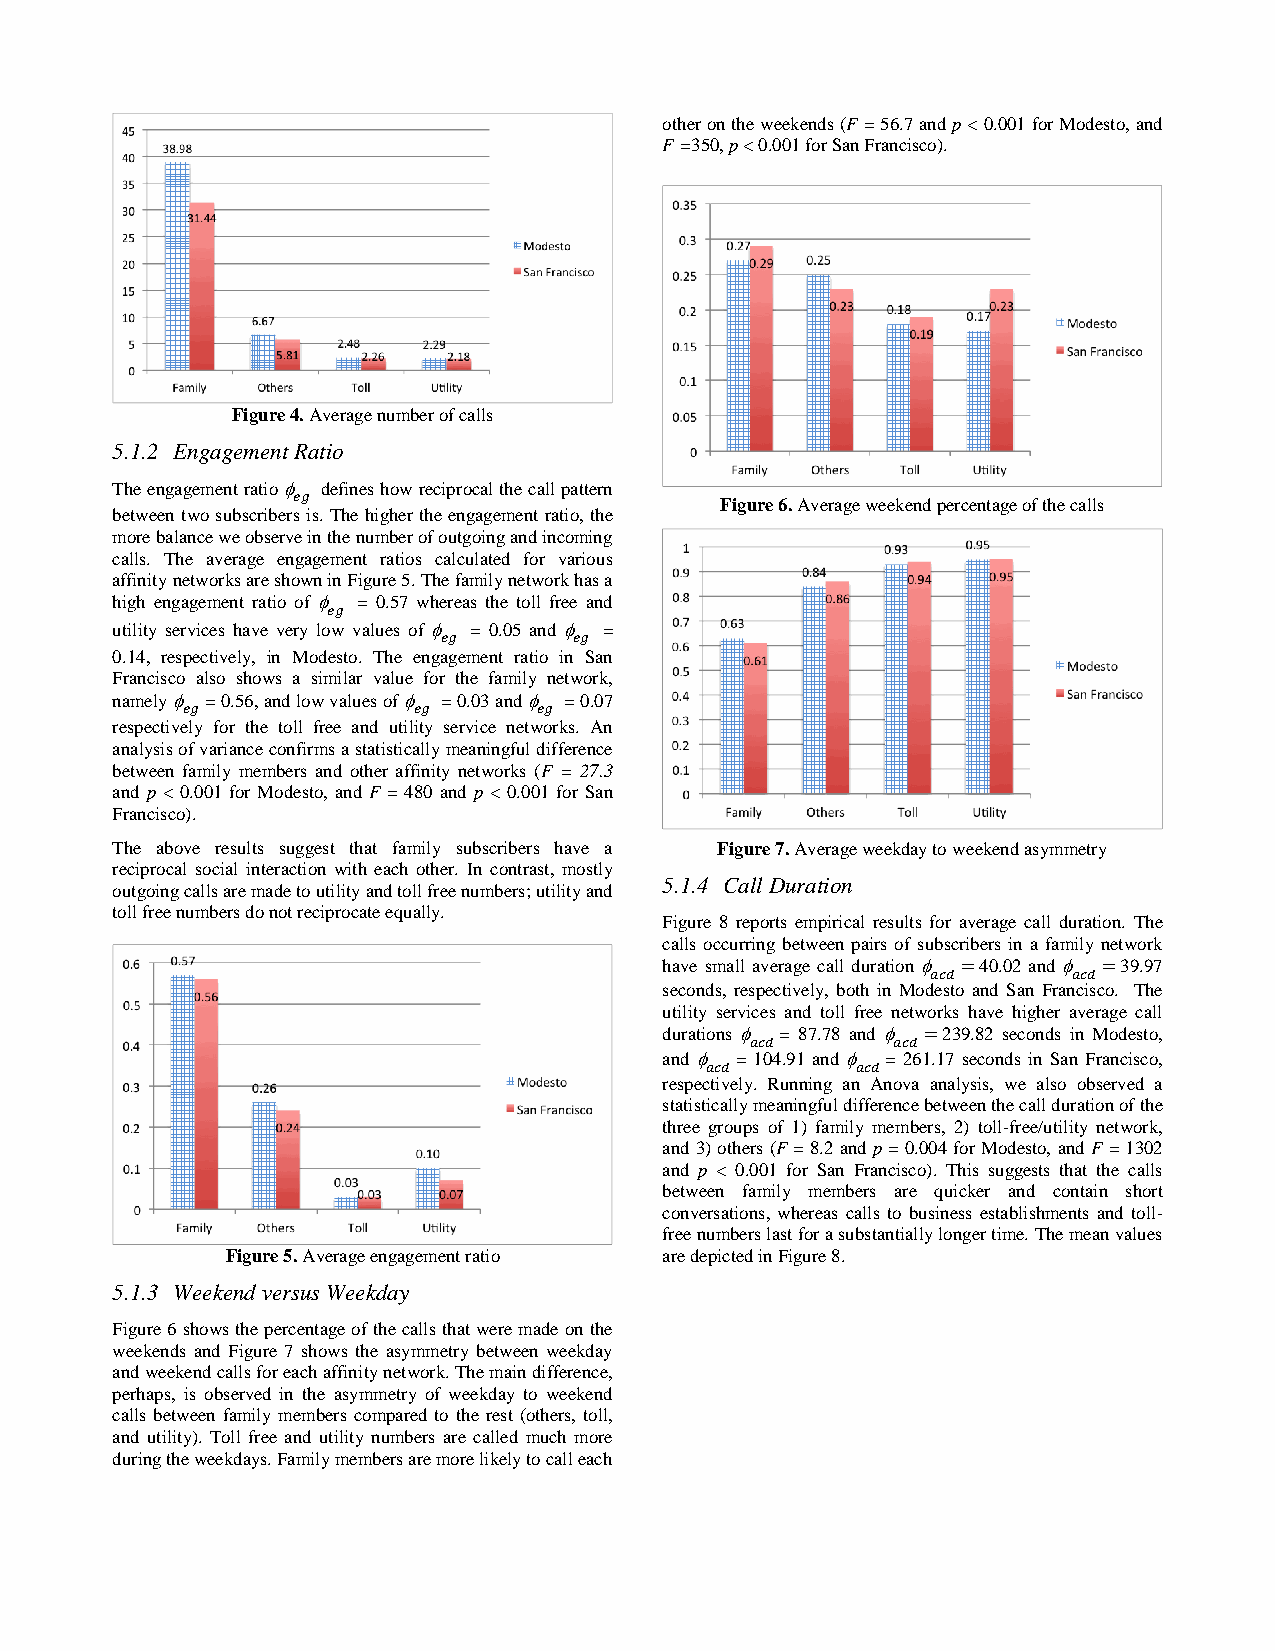
other on the weekends (F = 56.7 and p < 0.001 for Modesto, and
 F =350, p < 0.001 for San Francisco).
 Figure 4. Average number of calls
 5.1.2 Engagement Ratio
 The engagement ratio defines how reciprocal the call pattern
 Figure 6. Average weekend percentage of the calls
 between two subscribers is. The higher the engagement ratio, the
 more balance we observe in the number of outgoing and incoming
 calls. The average engagement ratios calculated for various
 affinity networks are shown in Figure 5. The family network has a
 high engagement ratio of = 0.57 whereas the toll free and
 utility services have very low values of = 0.05 and =
 0.14, respectively, in Modesto. The engagement ratio in San
 Francisco also shows a similar value for the family network,
 namely = 0.56, and low values of = 0.03 and = 0.07
 respectively for the toll free and utility service networks. An
 analysis of variance confirms a statistically meaningful difference
 between family members and other affinity networks (F = 27.3
 and p < 0.001 for Modesto, and F = 480 and p < 0.001 for San
 Francisco).
 The above results suggest that family subscribers have a Figure 7. Average weekday to weekend asymmetry
 reciprocal social interaction with each other. In contrast, mostly
 5.1.4 Call Duration
 outgoing calls are made to utility and toll free numbers; utility and
 toll free numbers do not reciprocate equally.
 Figure 8 reports empirical results for average call duration. The
 calls occurring between pairs of subscribers in a family network
 have small average call duration 40.02 and 39.97
 seconds, respectively, both in Modesto and San Francisco. The
 utility services and toll free networks have higher average call
 durations = 87.78 and 239.82 seconds in Modesto,
 and  = 104.91 and = 261.17 seconds in San Francisco,
 respectively. Running an Anova analysis, we also observed a
 statistically meaningful difference between the call duration of the
 three groups of 1) family members, 2) toll-free/utility network,
 and 3) others (F = 8.2 and p = 0.004 for Modesto, and F = 1302
 and p < 0.001 for San Francisco). This suggests that the calls
 between family members are quicker and contain short
 conversations, whereas calls to business establishments and toll-
 free numbers last for a substantially longer time. The mean values
 Figure 5. Average engagement ratio are depicted in Figure 8.
 5.1.3 Weekend versus Weekday
 Figure 6 shows the percentage of the calls that were made on the
 weekends and Figure 7 shows the asymmetry between weekday
 and weekend calls for each affinity network. The main difference,
 perhaps, is observed in the asymmetry of weekday to weekend
 calls between family members compared to the rest (others, toll,
 and utility). Toll free and utility numbers are called much more
 during the weekdays. Family members are more likely to call each